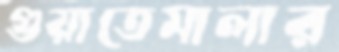
গুয়াতেমালার